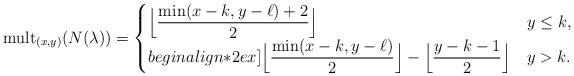
LaTeX: \begin{align*} &{\rm mult}_{(x,y)}(N(\lambda))=\begin{cases} \displaystyle\Big\lfloor\frac{\min(x-k,y-\ell)+2}2\Big\rfloor&y\leq k,\\begin{align*}2ex] \displaystyle\Big\lfloor\frac{\min(x-k,y-\ell)}2\Big\rfloor-\Big\lfloor\frac{y-k-1}2\Big\rfloor&y>k. \end{cases} \end{align*}